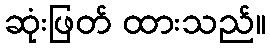
ဆုံးဖြတ် ထားသည်။